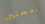
تفضلين